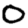
Digit: 0